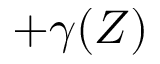
+ \gamma ( Z )